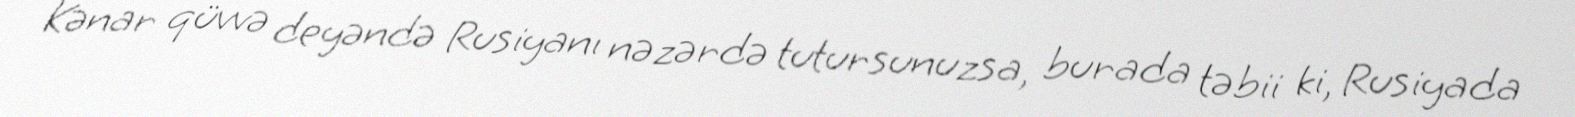
Kənar qüvvə deyəndə Rusiyanı nəzərdə tutursunuzsa, burada təbii ki, Rusiyada